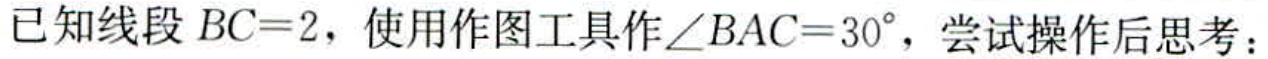
已知线段 \(BC = 2\)，使用作图工具作\(\angle BAC = 30^{\circ}\)，尝试操作后思考：